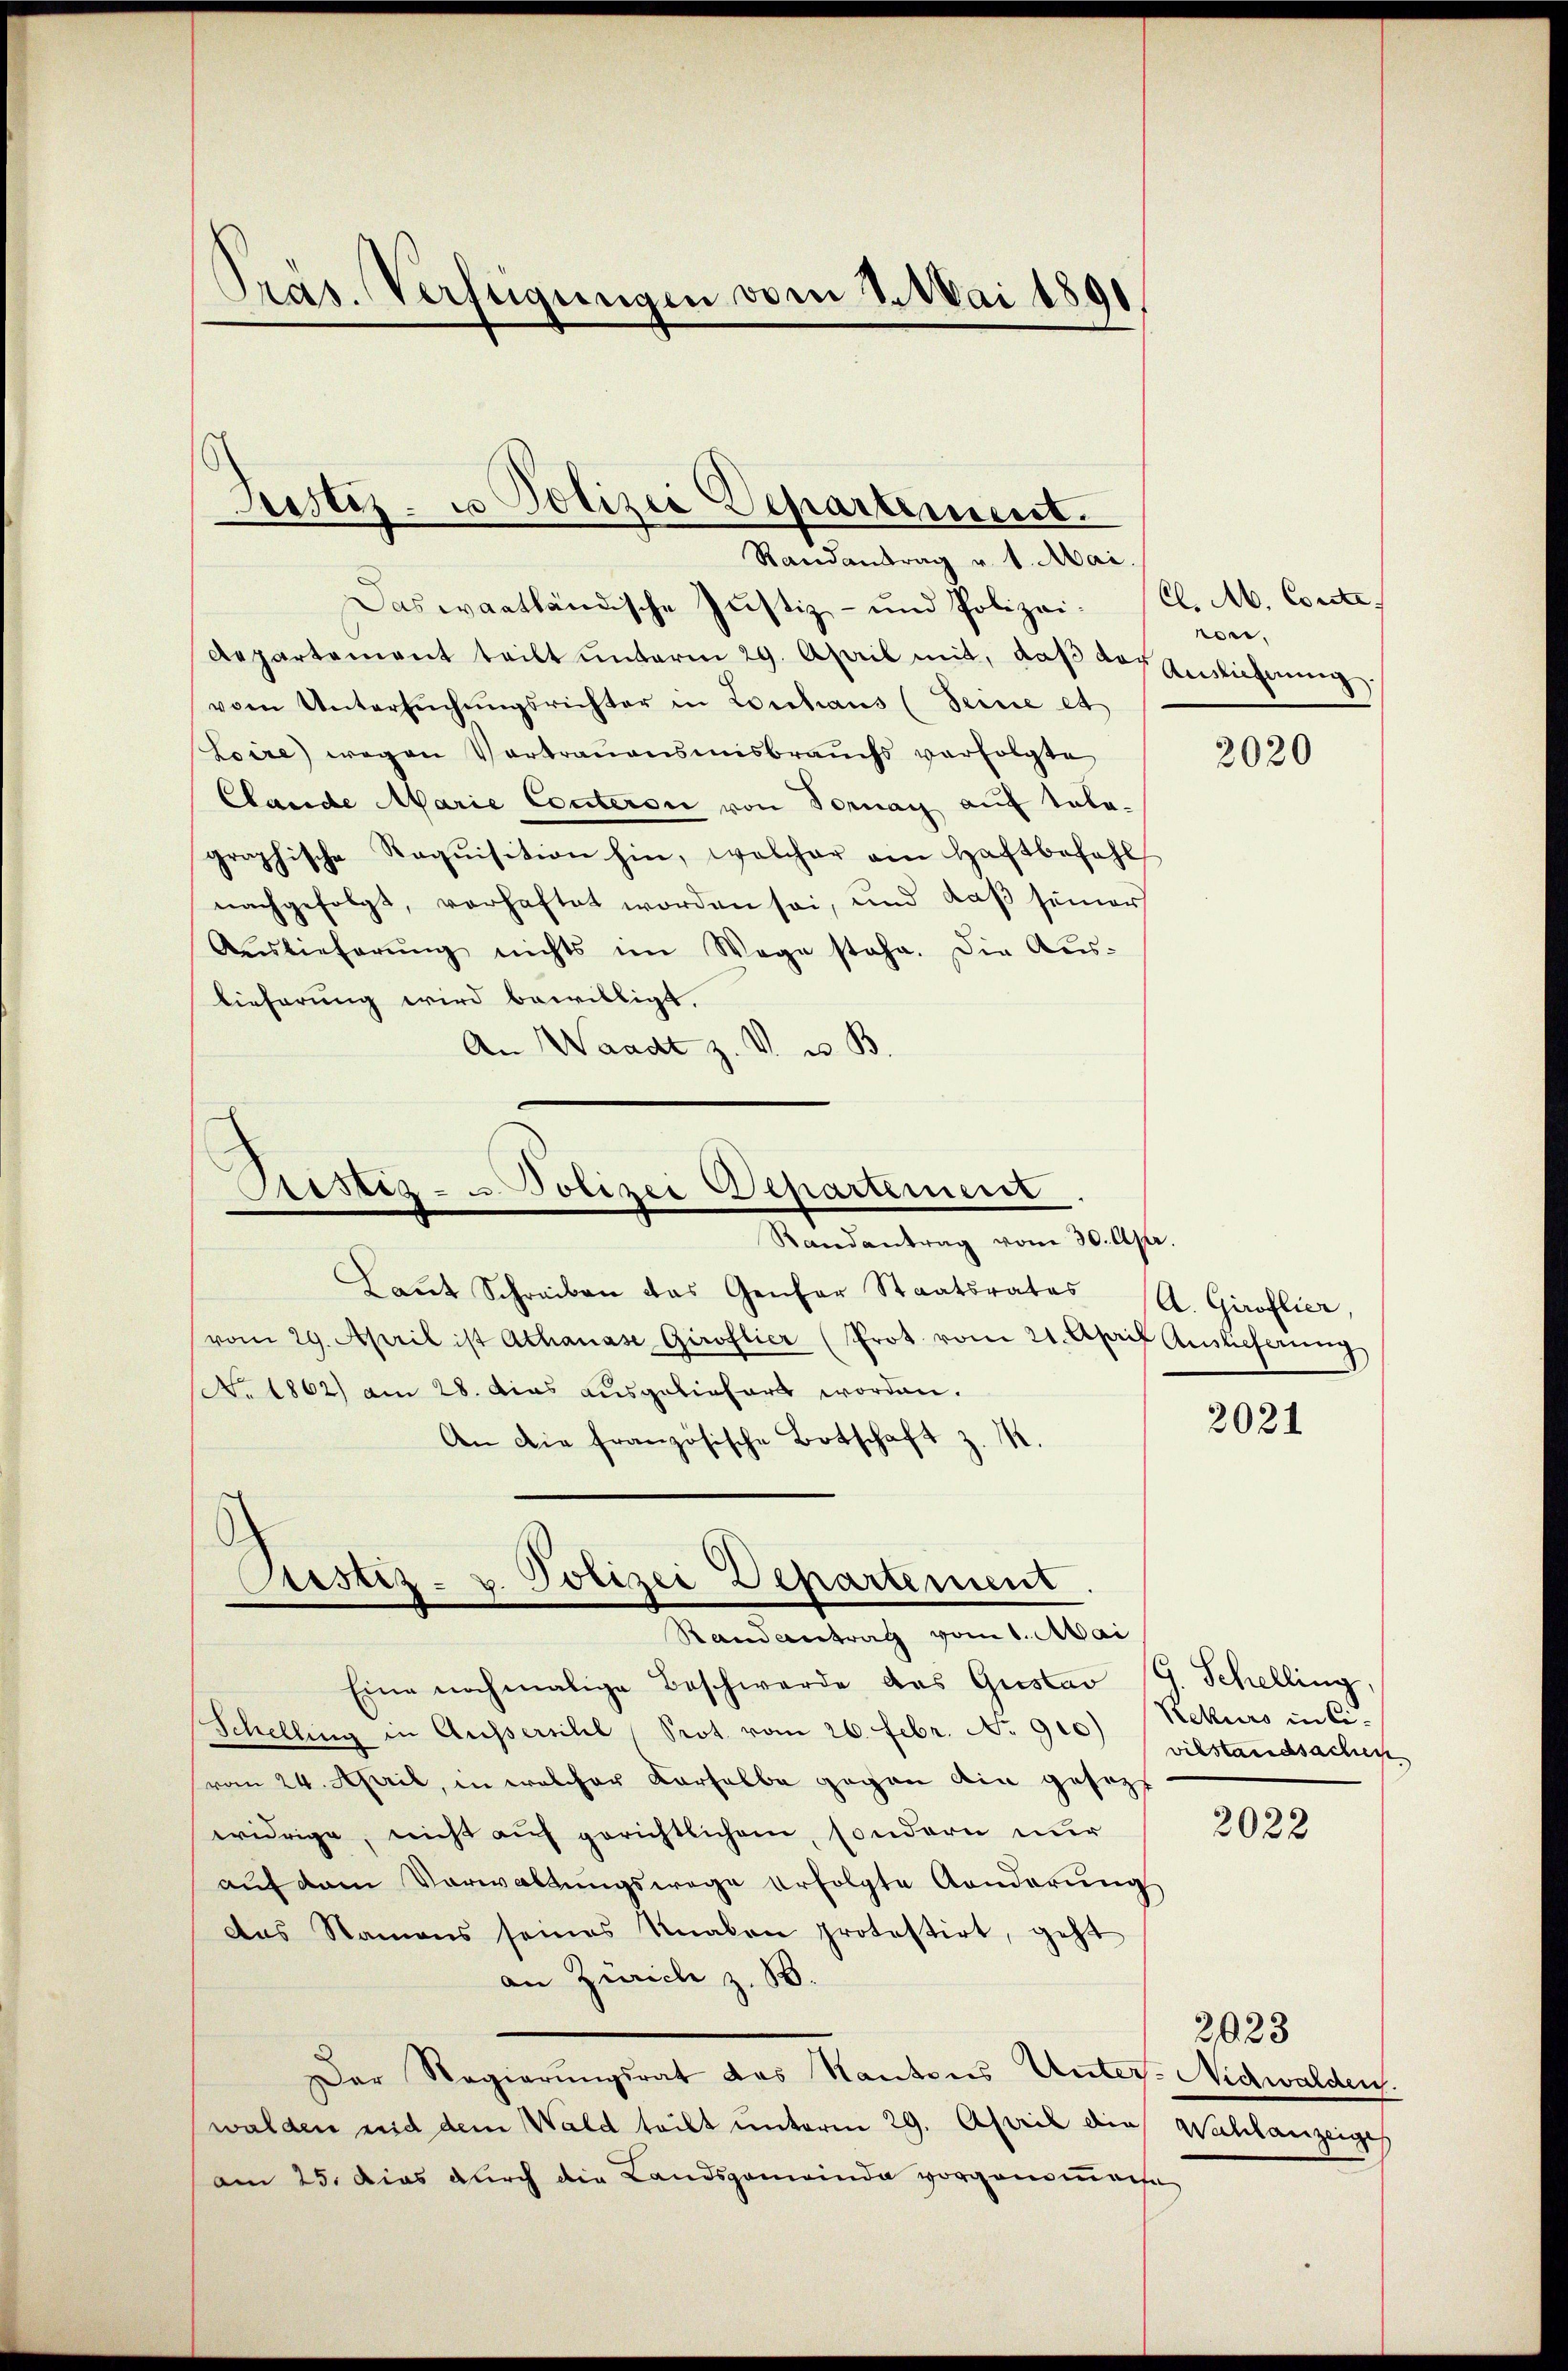
Das waatländische Justiz- und Polizei¬
Aepartement teilt ŭnterm 29. April mit, daβ der Anlehnung
vom Untersŭchŭngsrichter in Lorchaus (Seine et
Loire) wegen Vortrauensmisbrauchs verfolgte
Clande Marie Conteron von Fornay auf tata-
graphische Requisition hin, welcher ain Haftbefehl
nachgefolgt, verhaftet worden sei, und daβ seiner
Auslieferŭng nichts im Wege stehe. Die Aus-
lieferung wird bewilligt.
An Waadt z. V. u. B

Präs. Verfügungen vom 8. Mai 1891

Justiz- u Polizei Departement.
Randantrag v. 1. Mai.

Laŭt Schreiben das Genfer Staatsrates
vom 29. April ist Athanase Giroflier (Prot. vom 21. April Auslieferŭng
(. 1862) am 28. dies ausgeliefert worden.
An die französische Botschaft z. 1

Sistiz- u Polizei Departement
Randantrag vom 30. Apr.

Custiz- u. Polizei Departement.
Randantrag vom 1. Mai

Eine nochmalige Beschwerde das Gustav G. Schelling,
Schelling in Aussersihl Prot. vom 26. Febr. No 910)
(vom 24. April, in welcher derselbe gegen ain gesezt
widrige, nicht auf gerichtlichem, sondern nur
aŭf dem Verwaltŭngswege erfolgte Aenderŭng
das Namens seines Knaben protestirt, geht
an Zürich z. B.
Der Regierungsrat das Kantons Unter- Nidwalden.
walden und dem Wald teilt unterm 29. April die Wahlanzeiges
am 25. das durch die Landsgemeinda vorgendmache

C. M. Conste
von,

2020

A. Giroflier,

2021

Rekurs in Civilstandsachen

2022

2023